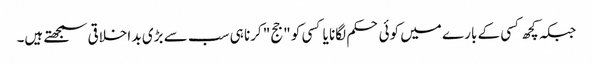
جبکہ کچھ کسی کے بارے میں کوئی حکم لگانا یا کسی کو "جج" کرنا ہی سب سے بڑی بد اخلاقی سمجھتے ہیں۔